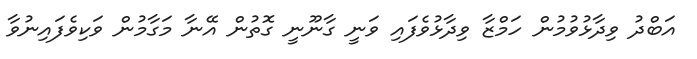
އަބްދު ވިދާޅުވުމުން ހަމްޒާ ވިދާޅުވެފައި ވަނީ ގާނޫނީ ގޮތުން އޭނާ މަގާމުން ވަކިވެފައިނުވާ